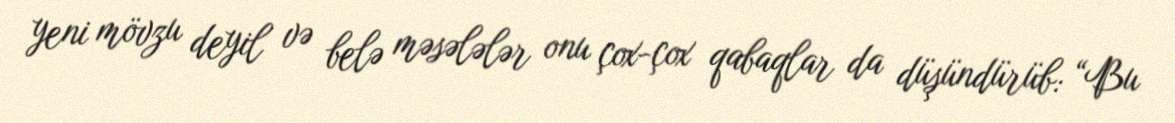
yeni mövzu deyil və belə məsələlər onu çox-çox qabaqlar da düşündürüb: “Bu